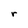
Character: r